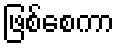
ဖြစ်စေကာ